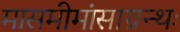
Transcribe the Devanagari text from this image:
मासमीमांसाग्रन्थः